Scientific memoirs by medical officers of the Army of India - Part XI,
Year: 1898
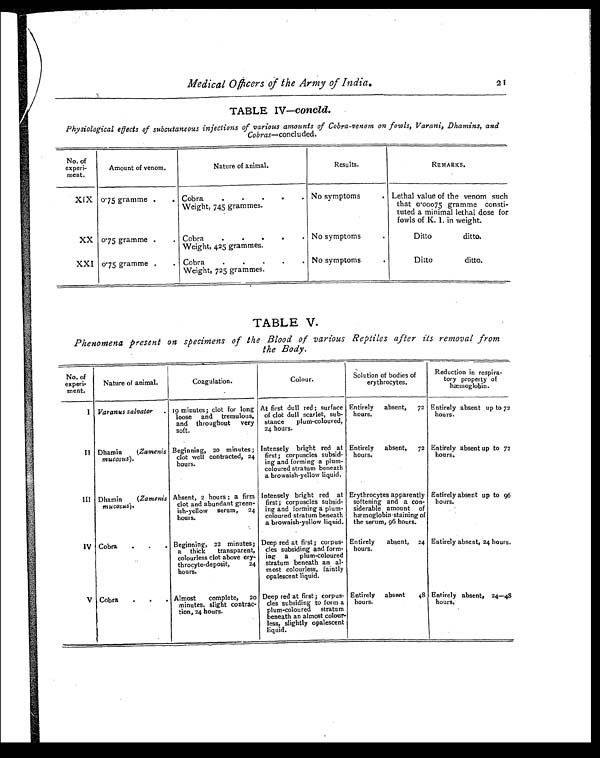
Medical Officers of the Army of India.
2 1
TABLE IV—concld.
Physiological effects of subcutaneous injections of various amounts of Cobra-venom on fowls, Varani, Dhamins, and
Cobras—concluded.
No. of
experi-
ment.
Amount of venom.
Nature of animal.
Results.
REMARKS.
XIX 0.75 gramme .
. Cobra
.
Weight, 745 grammes.
No symptoms
. Lethal value of the venom such
that 0.00075 gramme consti-
tuted a minimal lethal dose for
fowls of K. I. in weight.
XX 0.75 gramme .
. Cobra
..
Weight, 425 grammes.
No symptoms
Ditto
ditto.
XXI 0.75 gramme . .
Cobra
.
Weight, 725 grammes.
No symptoms
Ditto
ditto.
TABLE V.
Phenomena present on specimens of the Blood of various Reptiles after its removal from
the Body.
No. of
experi-
ment.
Nature of animal.
Coagulation.
Colour.
Solution of bodies of
erythrocytes.
Reduction in respira-
tory property of
hæmoglobin.
I Varanus salvator
. 19 minutes; clot for long
loose and tremulous,
and throughout very
soft.
At first dull red; surface
of clot dull scarlet, sub-
stance plum-coloured,
24 hours.
Entirely absent, 72
hours.
Entirely absent up to 72
hours.
II Dhamin (Zamenis
mucosus).
Beginning, 20 minutes;
clot well contracted, 24
hours.
Intensely bright red at
first; corpuscles subsid-
ing and forming a plum-
coloured stratum beneath
a brownish-yellow liquid.
Entirely absent, 72
hours.
Entirely absent up to 72
hours.
III Dhamin (Zamenis
mucosus).
Absent, 2 hours; a firm
clot and abundant green-
ish-yellow serum, 24
hours.
Intensely bright red at
first; corpuscles subsid-
ing and forming a plum-
coloured stratum beneath
a brownish-yellow liquid.
Erythrocytes apparently
softening and a con-
siderable amount of
hæmoglobin staining of
the serum, 96 hours.
Entirely absent up to 96
hours.
IV Cobra
.
.
. Beginning, 22 minutes;
a thick transparent,
colourless clot above ery-
throcyte-deposit, 24
hours.
Deep red at first; corpus-
des subsiding and form-
ing a plum-coloured
stratum beneath an al-
most colourless, faintly
opalescent liquid.
Entirely absent, 24
hours.
Entirely absent, 24 hours
V Cobra
.
. . Almost complete, 20
minutes, slight contrac-
tion, 24 hours.
Deep red at first; corpus-
des subsiding to form a
plum-coloured stratum
beneath an almost colour-
less, slightly opalescent
liquid.
Entirely absent 48
hours.
Entirely absent, 24—48
hours.